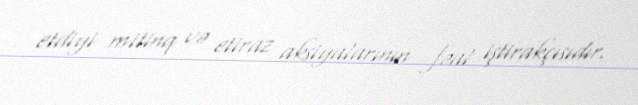
etdiyi mitinq və etiraz aksiyalarının fəal iştirakçısıdır.